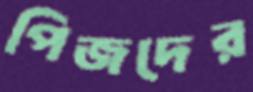
পিজদের